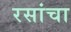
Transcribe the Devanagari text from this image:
रसांचा